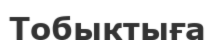
Тобыктыға